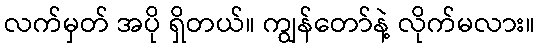
လက်မှတ် အပို ရှိတယ်။ ကျွန်တော်နဲ့ လိုက်မလား။